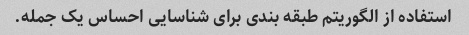
استفاده از الگوریتم طبقه بندی برای شناسایی احساس یک جمله.